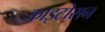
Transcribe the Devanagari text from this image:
काइटोसन